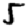
Digit: 5